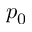
p _ { 0 }